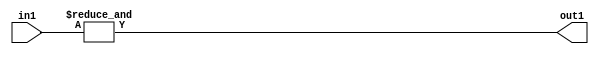
`timescale 1ps / 1ps
/*****************************************************************************
    Verilog RTL Description
    
    
    Created by: Stratus DpOpt 2019.1.01 
*******************************************************************************/

module st_weight_addr_gen_AndReduction_4S_1U_4_8 (
	in1,
	out1
	); /* architecture "behavioural" */ 
input [3:0] in1;
output  out1;
wire  asc001;

assign asc001 = 
	(&in1);

assign out1 = asc001;
endmodule

/* CADENCE  urfyTQ0= : u9/ySgnWtBlWxVPRXgAZ4Og= ** DO NOT EDIT THIS LINE ******/